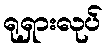
ရုရှားလုပ်